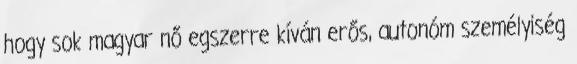
hogy sok magyar nő egszerre kíván erős, autonóm személyiség